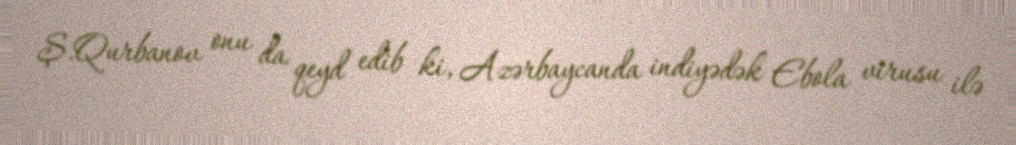
Ş.Qurbanov onu da qeyd edib ki, Azərbaycanda indiyədək Ebola virusu ilə